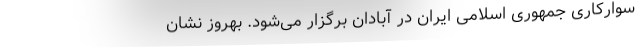
سوارکاری جمهوری اسلامی ایران در آبادان برگزار می‌شود. بهروز نشان